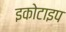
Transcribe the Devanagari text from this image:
इकोटाइप